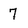
Character: 7